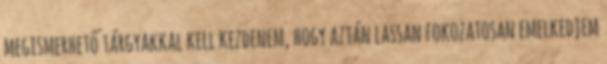
megismerhető tárgyakkal kell kezdenem, hogy aztán lassan fokozatosan emelkedjem